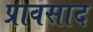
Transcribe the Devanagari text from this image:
प्रावसाद